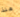
منذ